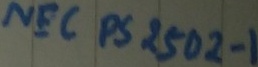
Text: NEC PS 2502